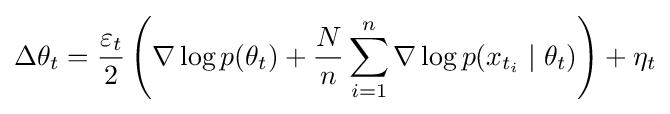
\Delta \theta _{t}={\frac {\varepsilon _{t}}{2}}\left(\nabla \log p(\theta _{t})+{\frac {N}{n}}\sum _{i=1}^{n}\nabla \log p(x_{t_{i}}\mid \theta _{t})\right)+\eta _{t}